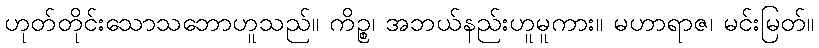
ဟုတ်တိုင်းသောသဘောဟူသည်။ ကိဉ္စ၊ အဘယ်နည်းဟူမူကား။ မဟာရာဇ၊ မင်းမြတ်။